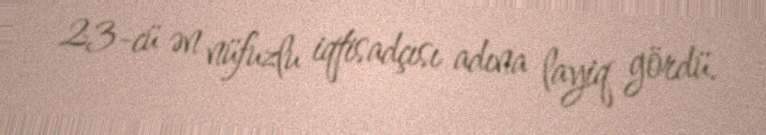
23-cü ən nüfuzlu iqtisadçısı adına layiq gördü.